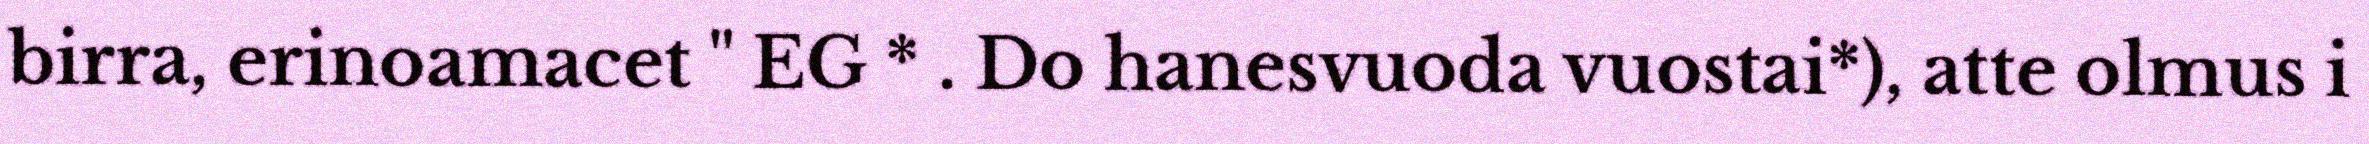
birra, erinoamacet " EG * . Do hanesvuoda vuostai*), atte olmus i